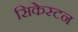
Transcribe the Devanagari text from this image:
सिकेस्टन